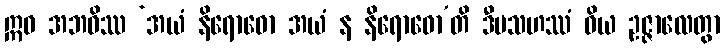
ဣဓ အဘဝိဿ ‘အယံ နိရောဓော အယံ န နိရောဓော’တိ ဒီပသဟဿံ ဝိယ ဥဇ္ဇာလေတွာ